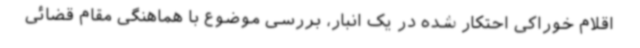
اقلام خوراکی احتکار شده در یک انبار، بررسی موضوع با هماهنگی مقام قضائی